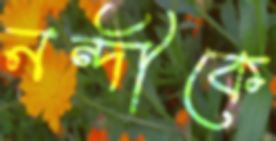
নন্দীকে